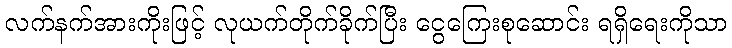
လက်နက်အားကိုးဖြင့် လုယက်တိုက်ခိုက်ပြီး ငွေကြေးစုဆောင်း ရရှိရေးကိုသာ